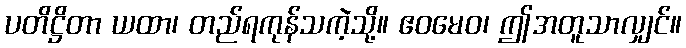
ပတိဋ္ဌိတာ ယထာ၊ တည်ရကုန်သကဲ့သို့။ ဧဝမေဝ၊ ဤအတူသာလျှင်။